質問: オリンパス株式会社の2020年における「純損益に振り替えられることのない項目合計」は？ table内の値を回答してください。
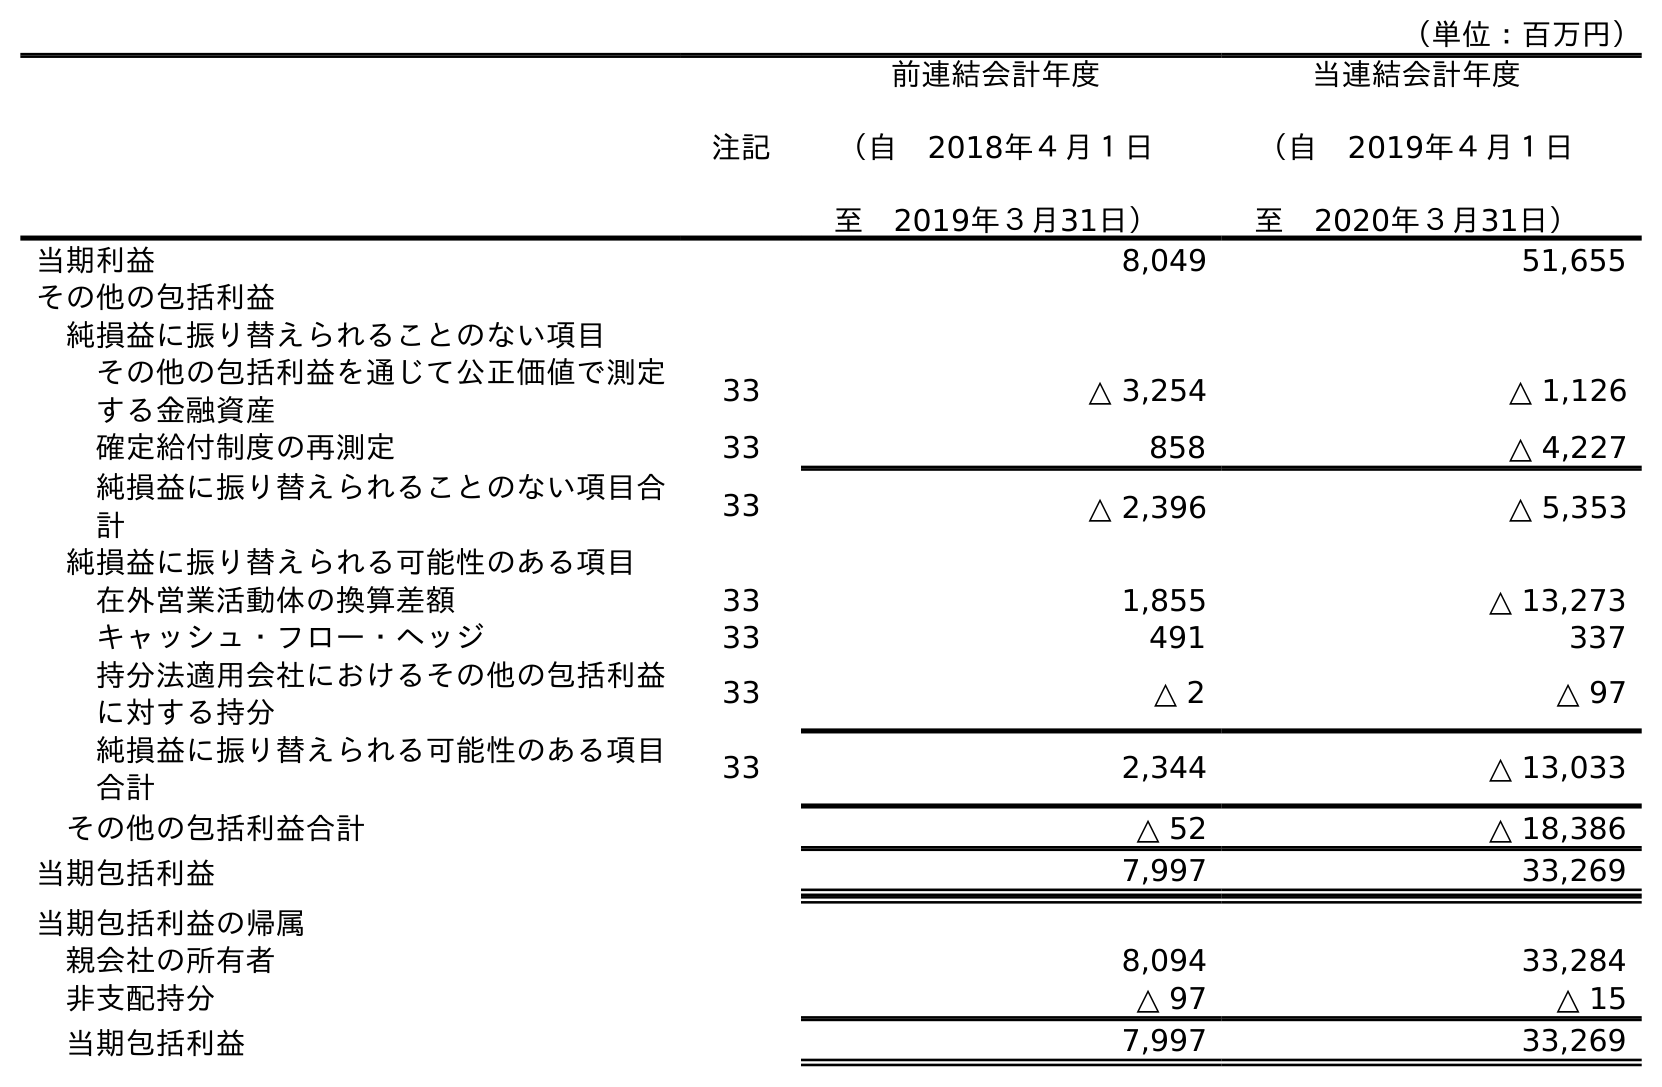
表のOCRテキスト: （単位：百万円） 注記 前連結会計年度 （自 2018年４月１日 至 2019年３月31日） 当連結会計年度 （自 2019年４月１日 至 2020年３月31日） 当期利益 8,049 51,655 その他の包括利益 純損益に振り替えられることのない項目 その他の包括利益を通じて公正価値で測定 する金融資産 33 △ 3,254 △ 1,126 確定給付制度の再測定 33 858 △ 4,227 純損益に振り替えられることのない項目合 計 33 △ 2,396 △ 5,353 純損益に振り替えられる可能性のある項目 在外営業活動体の換算差額 33 1,855 △ 13,273 キャッシュ・フロー・ヘッジ 33 491 337 持分法適用会社におけるその他の包括利益 に対する持分 33 △ 2 △ 97 純損益に振り替えられる可能性のある項目 合計 33 2,344 △ 13,033 その他の包括利益合計 △ 52 △ 18,386 当期包括利益 7,997 33,269 当期包括利益の帰属 親会社の所有者 8,094 33,284 非支配持分 △ 97 △ 15 当期包括利益 7,997 33,269
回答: △5,353